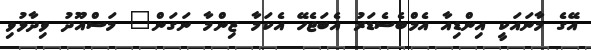
އޭގެ މާނައަކީ އިންޑިއާ އެމްބެސެޑަރު އެބަޖެހޭ އެކަމާ ޒިންމާ ނަގަން" މަސްއޫދު ވިދާޅުވި